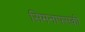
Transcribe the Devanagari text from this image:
सिमनाफ्सकी